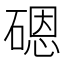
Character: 𱴨